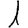
Digit: 1